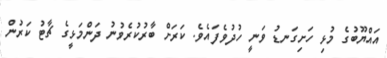
އައްޔޫބުގެ މުޅި ހަށިގަނޑު ވަނީ ހުދުވެފައެވެ. ކަރަށް ބާރުކުރެވުނު ދަންމަޅީގެ ޗާޓު ކަރުން